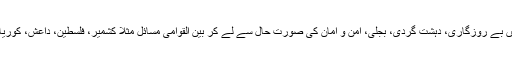
پھر جب آپ پرسکون دماغ سے سوچیں گے تو اپنا مسئلہ تو ایک طرف،پاکستان میں بے روزگاری، دہشت گردی، بجلی، امن و امان کی صورت حال سے لے کر بین القوامی مسائل مثلًا کشمیر، فلسطین، داعش، کوریا کا تنازعہ، ایران کا ایٹمی پروگرام سمیت تمام مسائل کا حل آپ کے سامنے ہو گا۔